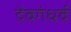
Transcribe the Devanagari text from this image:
देवगंधर्व